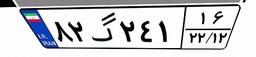
۷۵گ۶۰۹۶۴